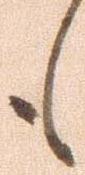
も